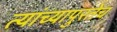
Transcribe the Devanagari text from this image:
त्यांच्यापुरतेच